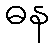
ဓန